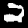
Digit: 2